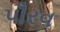
પૌરવ